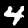
Label: 4